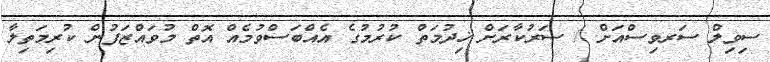
ސިވިލް ސަރވިސްއަށް / ސަރުކާރަށް ޚިދުމަތް ކުރުމުގެ އެއްބަސްވުމެއް އޮތް މުވައްޒަފުން ކުރިމަތިލާ